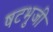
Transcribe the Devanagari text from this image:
षटभुजी